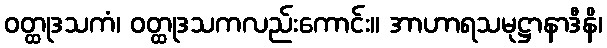
ဝတ္ထုဒသကံ၊ ဝတ္ထုဒသကလည်းကောင်း။ အာဟာရသမုဋ္ဌာနာဒီနိ၊